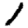
Digit: 1